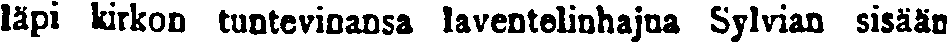
läpi kirkon tuntevinansa laventelinhajua Sylvian sisään